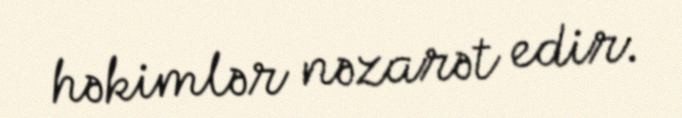
həkimlər nəzarət edir.